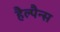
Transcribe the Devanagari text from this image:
हैल्पैन्स